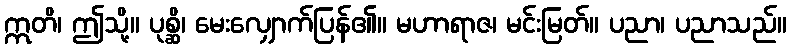
ဣတိ၊ ဤသို့။ ပုစ္ဆိ၊ မေးလျှောက်ပြန်၏။ မဟာရာဇ၊ မင်းမြတ်။ ပညာ၊ ပညာသည်။